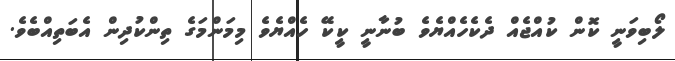
ލޯބިވަނީ ކޮން ކުއްޖެއް ދެކެހެއްޔެވެ ބުނާނީ ކީކޭ ހެއްޔެވެ މިމަންމަގެ ތިންކުދިން އެބަތިއްބެވެ.